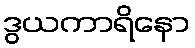
ဒွယကာရိနော